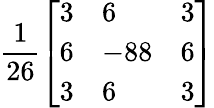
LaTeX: {\frac{1}{26}}{\left[\begin{array}{lll}{3}&{6}&{3}\\ {6}&{-88}&{6}\\ {3}&{6}&{3}\end{array}\right]}